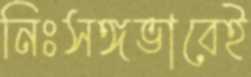
নিঃসঙ্গভাবেই